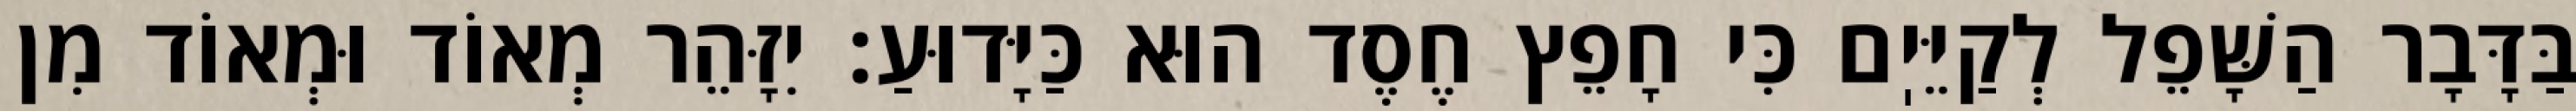
בַּדָּבָר הַשָּׁפֵל לְקַיֵּיֽם כִּי חָפֵץ חֶסֶד הוּא כַּיָּדוּעַ: יִזָּהֵר מְאוֹד וּמְאוֹד מִן